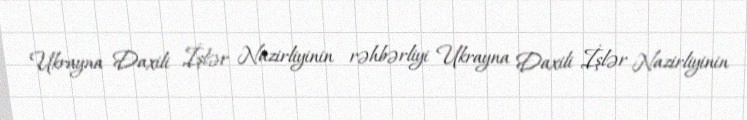
Ukrayna Daxili İşlər Nazirliyinin rəhbərliyi Ukrayna Daxili İşlər Nazirliyinin